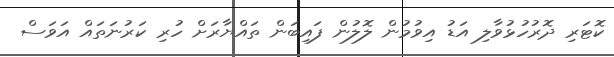
ކޮޓަރި ދޮރުހުޅުވާލި އަޑު އިވުމުން ލޮލުން ފައިބަން ތައްޔާރަށް ހުރި ކަރުނަތައް އަވަސް